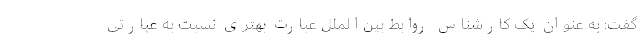
گفت: به عنوان یک کارشناس روابط بین‌الملل عبارت بهتری نسبت به عبارتی‌